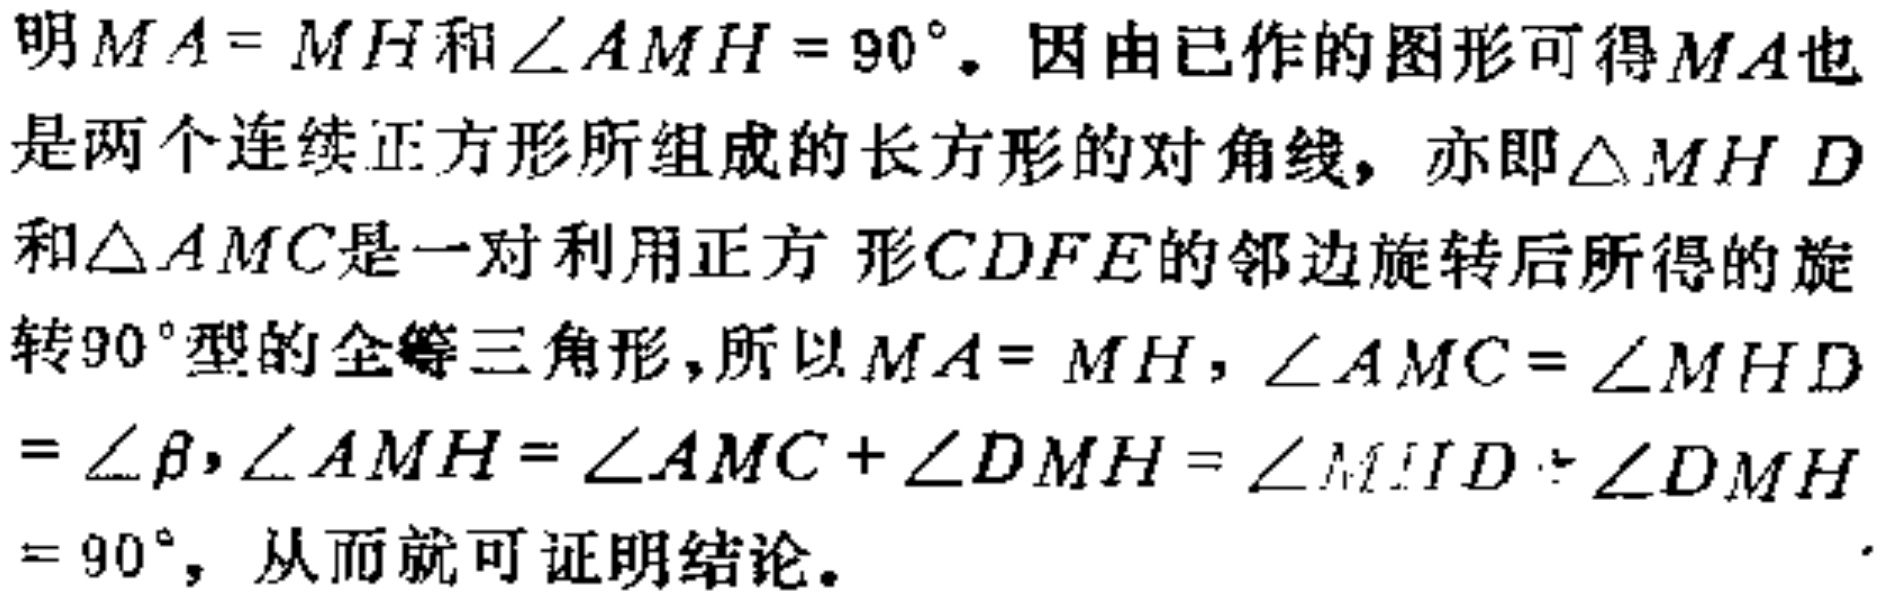
明$MA = MH$和$\angle AMH = 90^{\circ}$。因由已作的图形可得$MA$也是两个连续正方形所组成的长方形的对角线，亦即$\triangle MHD$和$\triangle AMC$是一对利用正方形$CDFE$的邻边旋转后所得的旋转$90^{\circ}$型的全等三角形，所以$MA = MH$，$\angle AMC=\angle MHD=\angle\beta$，$\angle AMH=\angle AMC + \angle DMH=\angle MHD+\angle DMH = 90^{\circ}$，从而就可证明结论。